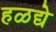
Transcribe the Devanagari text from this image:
हळद्ये